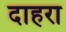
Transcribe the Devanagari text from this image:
दाहरा